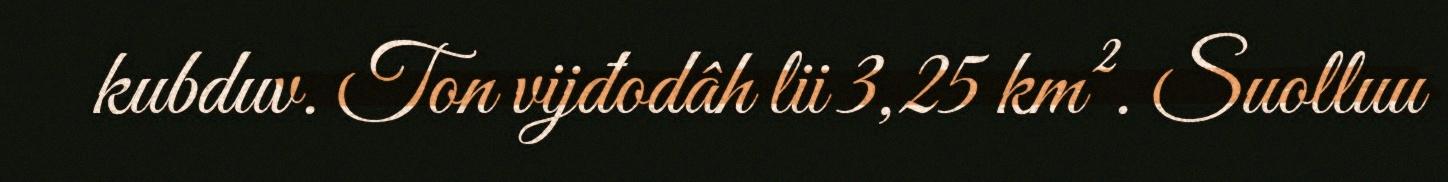
kubduv. Ton vijđodâh lii 3,25 km². Suolluu